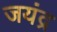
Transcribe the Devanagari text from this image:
जयंद्र